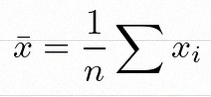
\bar{x}=\frac1n\sum x_i